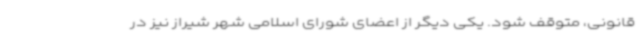
قانونی، متوقف شود. یکی دیگر از اعضای شورای اسلامی شهر شیراز نیز در